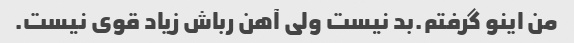
من اینو گرفتم.بد نیست ولی آهن رباش زیاد قوی نیست.